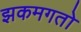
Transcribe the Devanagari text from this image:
झकमगतो